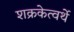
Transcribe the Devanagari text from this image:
शक्रकेत्वर्थे